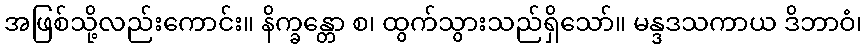
အဖြစ်သို့လည်းကောင်း။ နိက္ခန္တော စ၊ ထွက်သွားသည်ရှိသော်။ မန္ဒဒသကာယ ဒိဘာဝံ၊